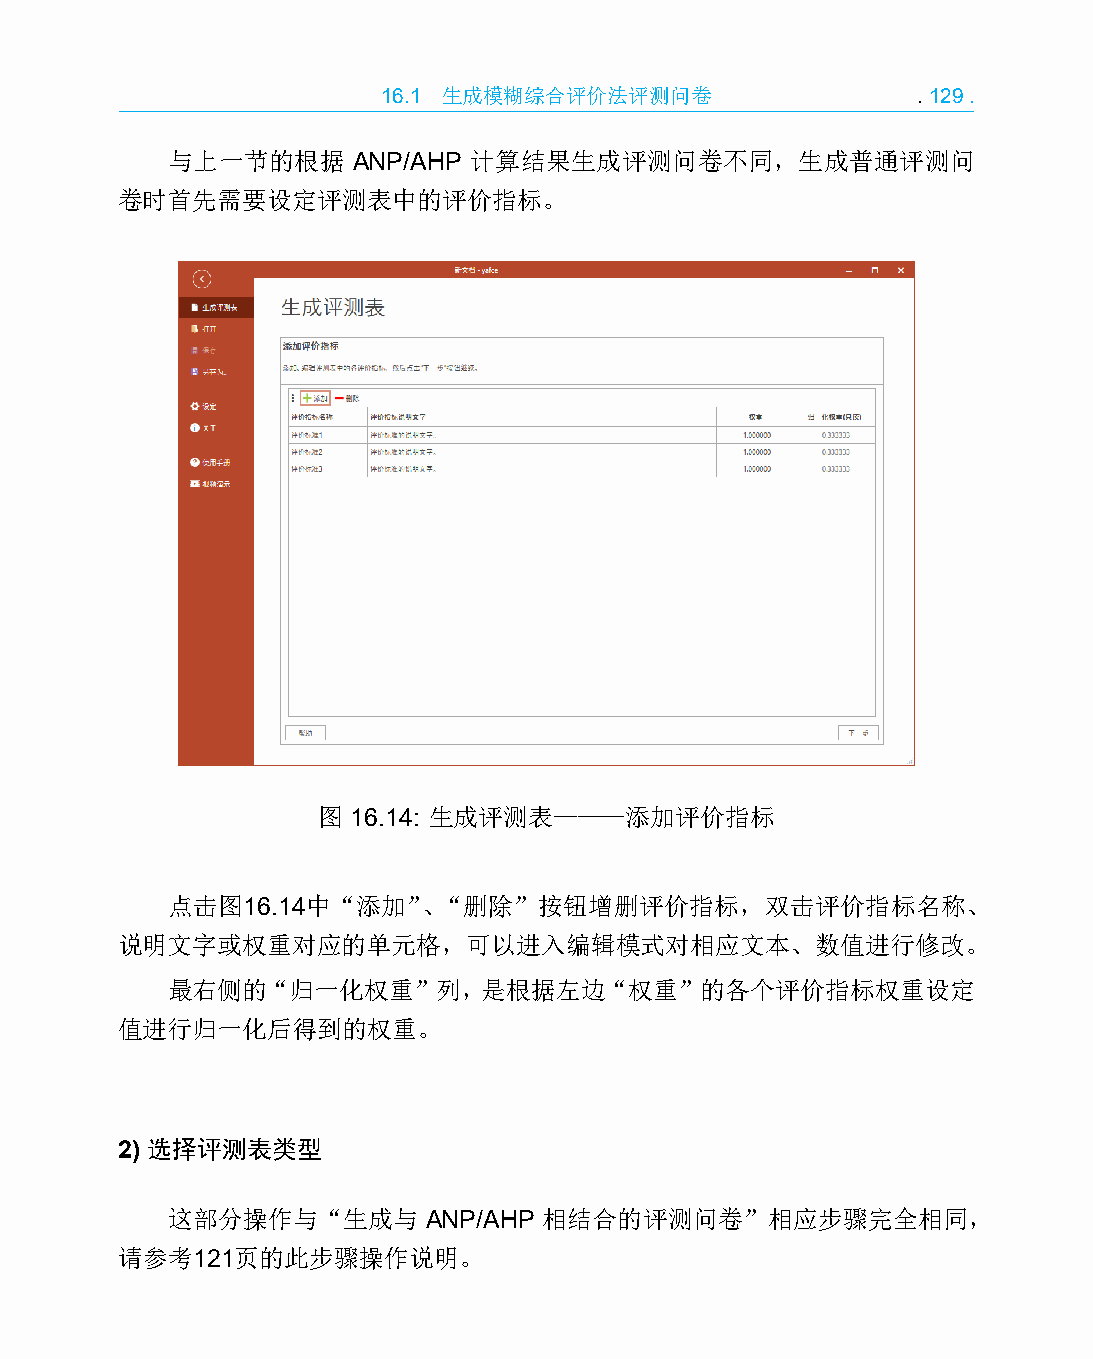
16.1 生成模糊综合评价法评测问卷                  .129.
 与上一节的根据     ANP/AHP 计算结果生成评测问卷不同，生成普通评测问
 卷时首先需要设定评测表中的评价指标。
 图 16.14: 生成评测表———添加评价指标
 点击图16.14中“添加”、“删除”按钮增删评价指标，双击评价指标名称、
 说明文字或权重对应的单元格，可以进入编辑模式对相应文本、数值进行修改。
 最右侧的“归一化权重”列，是根据左边“权重”的各个评价指标权重设定
 值进行归一化后得到的权重。
 2) 选择评测表类型
 这部分操作与“生成与       ANP/AHP 相结合的评测问卷”相应步骤完全相同，
 请参考121页的此步骤操作说明。